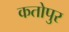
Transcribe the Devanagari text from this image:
कतोपुर